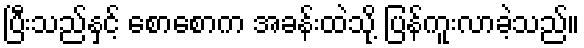
ပြီးသည်နှင့် စောစောက အခန်းထဲသို့ ပြန်ကူးလာခဲ့သည်။